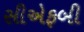
સીએફબી